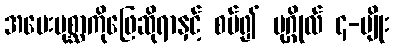
အမေးပုစ္ဆာကိုဖြေဆိုရာနှင့် စပ်၍ ပုဂ္ဂိုလ် ၄-မျိုး